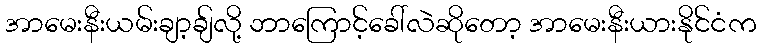
အာမေးနီးယမ်းချာ့ချ်လို့ ဘာကြောင့်ခေါ်လဲဆိုတော့ အာမေးနီးယားနိုင်ငံက